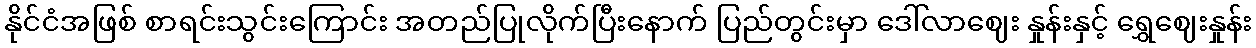
နိုင်ငံအဖြစ် စာရင်းသွင်းကြောင်း အတည်ပြုလိုက်ပြီးနောက် ပြည်တွင်းမှာ ဒေါ်လာဈေး နှုန်းနှင့် ရွှေဈေးနှုန်း